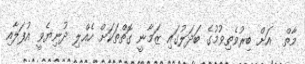
މާތް  އަށް ބިރުވެތިވުމުގެ ބަދަލުގައި ޒަމާނީ ގޮތްތަކަށް ހެއްލި ދުނިޔެވީ އުފަލާއި